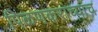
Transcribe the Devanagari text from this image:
पिळणकरांच्याच